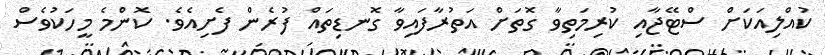
ކުއްލިއަކަށް ސްޓޭޖާއި ކުރިމަތިވާ ގޮތަށް އަތުރާފައިވާ ގޮނޑިތައް ފުރެން ފެށިއެވެ. ކޮންމެ މީހަކުވެސް